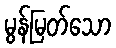
မွန်မြတ်သော